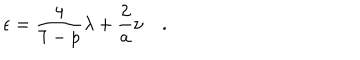
\epsilon = \frac { 4 } { 7 - p } { \lambda } + \frac { 2 } { a } \nu \quad .